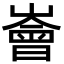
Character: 𪩚